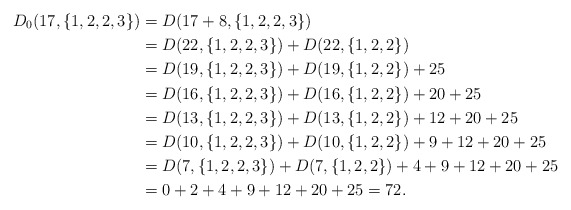
\begin{align*}D_0(17,\{1,2,2,3\})&=D(17+8,\{1,2,2,3\})\\&=D(22,\{1,2,2,3\})+D(22,\{1,2,2\})\\&=D(19,\{1,2,2,3\})+D(19,\{1,2,2\})+25\\&=D(16,\{1,2,2,3\})+D(16,\{1,2,2\})+20+25\\&=D(13,\{1,2,2,3\})+D(13,\{1,2,2\})+12+20+25\\&=D(10,\{1,2,2,3\})+D(10,\{1,2,2\})+9+12+20+25\\&=D(7,\{1,2,2,3\})+D(7,\{1,2,2\})+4+9+12+20+25\\&=0+2+4+9+12+20+25=72.\end{align*}